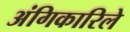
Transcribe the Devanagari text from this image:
अंगिकारिले